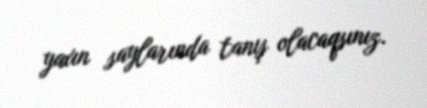
yaxın saylarında tanış olacaqsınız.